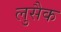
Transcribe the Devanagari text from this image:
लुसैक